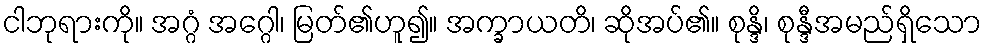
ငါဘုရားကို။ အဂ္ဂံ အဂ္ဂေါ၊ မြတ်၏ဟူ၍။ အက္ခာယတိ၊ ဆိုအပ်၏။ စုန္ဒိ၊ စုန္ဒီအမည်ရှိသော